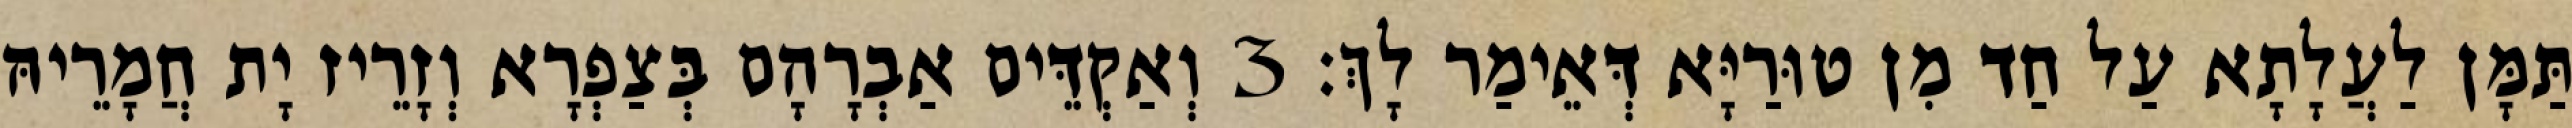
תַּמָּן לַעֲלָתָא עַל חַד מִן טוּרַיָּא דְּאֵימַר לָךְ׃ 3 וְאַקְדֵּים אַבְרָהָם בְּצַפְרָא וְזָרֵיז יָת חֲמָרֵיהּ